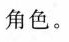
角色。